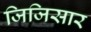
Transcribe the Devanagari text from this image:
जिजिसार